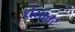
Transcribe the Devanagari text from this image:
धंद्यावर